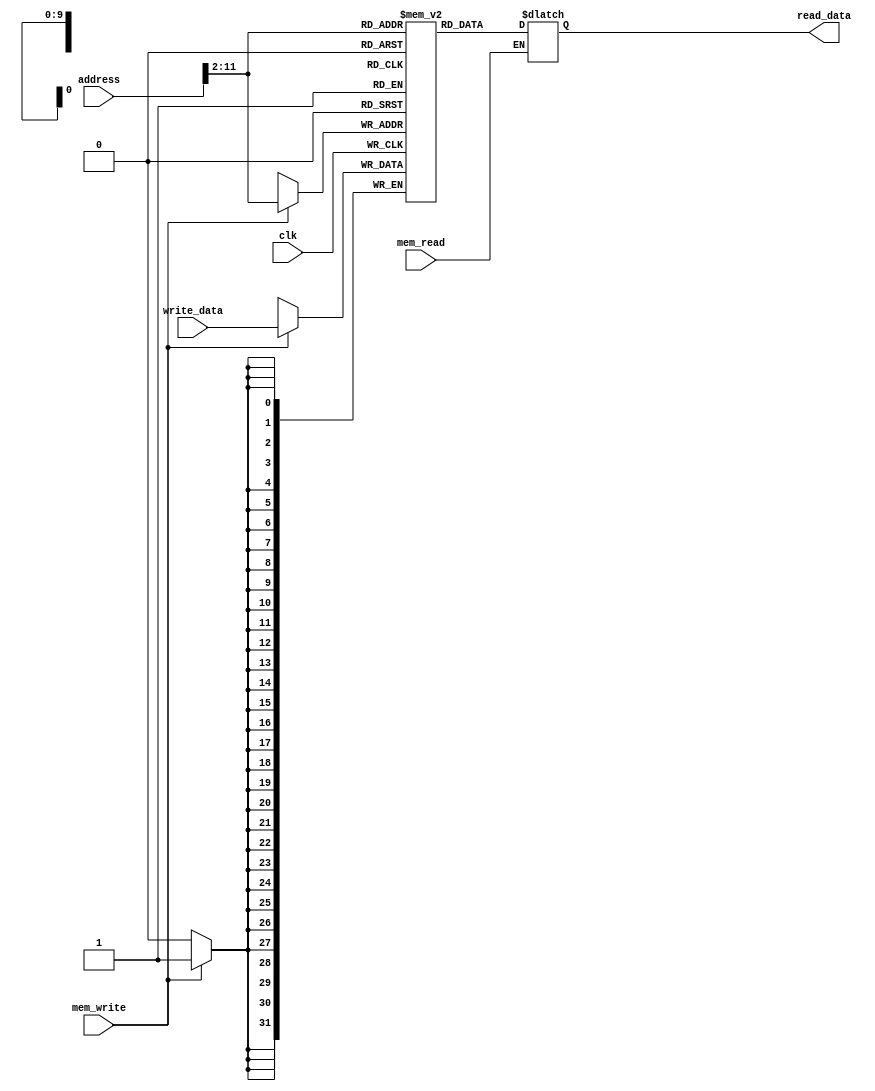
`timescale 1ns / 1ps
//////////////////////////////////////////////////////////////////////////////////
// Company: 
// Engineer: 
// 
// Design Name: 
// Module Name: data_memory
// Project Name: 
// Target Devices: 
// Tool Versions: 
// Description: 
// 
// Dependencies: 
// 
// Revision:
// Revision 0.01 - File Created
// Additional Comments:
// 
//////////////////////////////////////////////////////////////////////////////////


module data_memory(input clk, input mem_read, input mem_write, input [31:0] address, input [31:0] write_data, output reg [31:0] read_data);
    reg [31:0] memData [0:1023];
    integer i;
    
    initial begin
        for (i = 0; i< 1024; i = i + 1) begin 
            memData[i] = 32'b0; 
        end
    end 
     
    always@(posedge clk) begin
        if(mem_write)
          memData[address[11:2]] <= write_data;
    end
    
    always@(*)
    begin
      if (mem_read == 1) 
          read_data <= memData[address[11:2]];
      else 
          read_data <= read_data;  
    end
endmodule